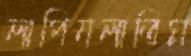
লাপিনলাতিম